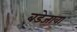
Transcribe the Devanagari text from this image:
बडेजावा